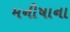
મનીષાના